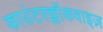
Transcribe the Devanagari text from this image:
काउंटरक्लॉकवाइज़